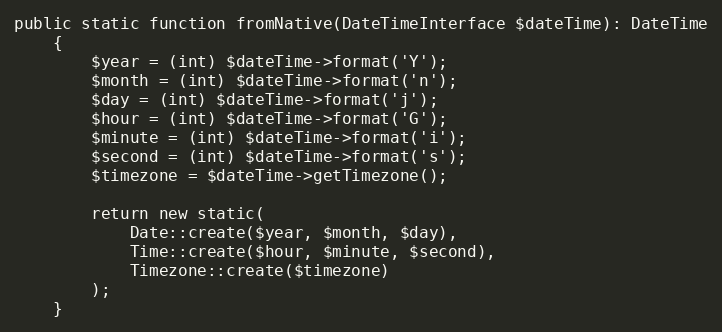
Language: PHP
public static function fromNative(DateTimeInterface $dateTime): DateTime
    {
        $year = (int) $dateTime->format('Y');
        $month = (int) $dateTime->format('n');
        $day = (int) $dateTime->format('j');
        $hour = (int) $dateTime->format('G');
        $minute = (int) $dateTime->format('i');
        $second = (int) $dateTime->format('s');
        $timezone = $dateTime->getTimezone();

        return new static(
            Date::create($year, $month, $day),
            Time::create($hour, $minute, $second),
            Timezone::create($timezone)
        );
    }